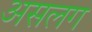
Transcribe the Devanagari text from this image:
असलग